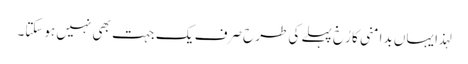
لہذا یہاں بدامنی کا رُخ پہلے کی طرح صرف یک جہت بھی نہیں ہوسکتا۔